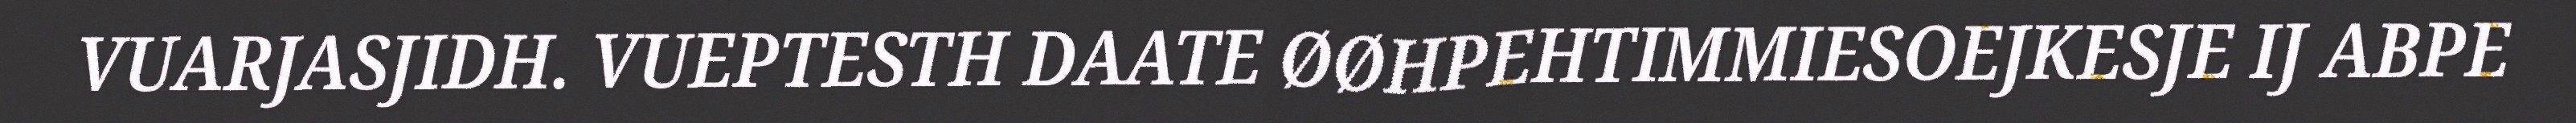
VUARJASJIDH. VUEPTESTH DAATE ØØHPEHTIMMIESOEJKESJE IJ ABPE